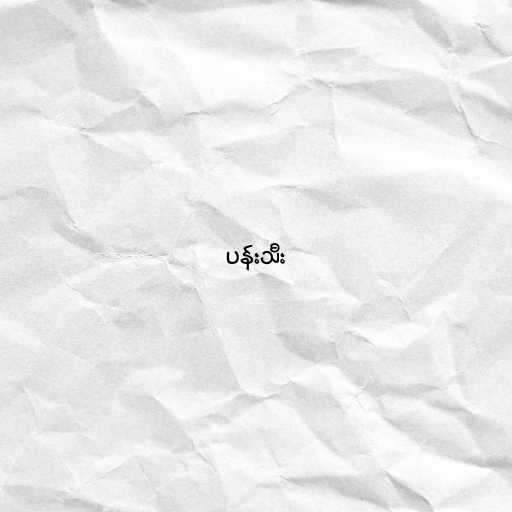
ပန်းသီး